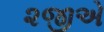
૨જીએ